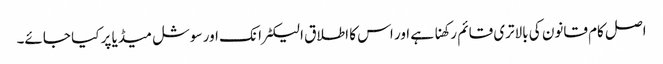
اصل کام قانون کی بالاتری قائم رکھنا ہے اور اس کا اطلاق الیکٹرانک اور سوشل میڈیا پر کیا جائے۔